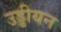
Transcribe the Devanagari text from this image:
उड्डीयन